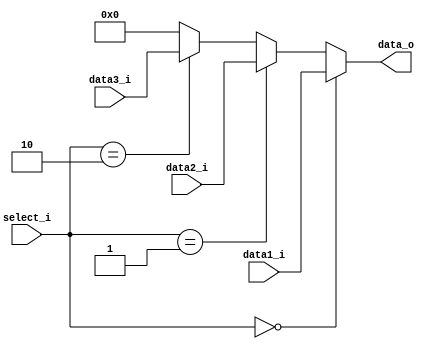
module MUX32_3i(data1_i,data2_i,data3_i,select_i,data_o);
input[31:0]data1_i,data2_i,data3_i;
input[1:0]select_i;
output[31:0]data_o;
assign data_o=(select_i==2'b00)?data1_i:
			  (select_i==2'b01)?data2_i:
			  (select_i==2'b10)?data3_i:
			  0;
endmodule